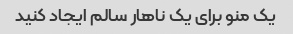
یک منو برای یک ناهار سالم ایجاد کنید